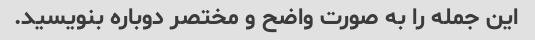
این جمله را به صورت واضح و مختصر دوباره بنویسید.